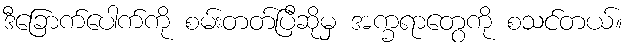
ဒီခြောက်ပေါက်ကို စမ်းတတ်ပြီဆိုမှ အက္ခရာတွေကို စသင်တယ်။